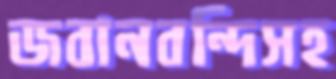
জবানবন্দিসহ